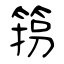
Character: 箉